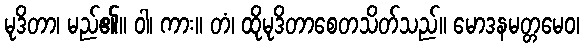
မုဒိတာ၊ မည်၏။ ဝါ၊ ကား။ တံ၊ ထိုမုဒိတာစေတသိတ်သည်။ မောဒနမတ္တမေဝ၊